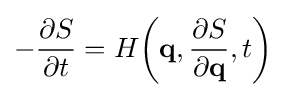
-{\frac {\partial S}{\partial t}}=H{\left(\mathbf {q} ,{\frac {\partial S}{\partial \mathbf {q} }},t\right)}